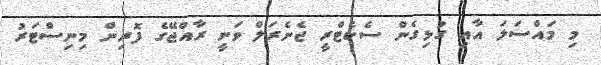
މި މައްސަލަ އާއި ގުޅިގެން ސެކެޓްރީ ޖެނެރަލް ވަނީ ރާއްޖޭގެ ފޮރިން މިނިސްޓަރު